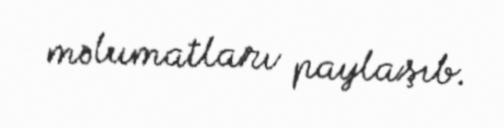
məlumatları paylaşıb.